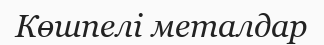
Көшпелі металдар